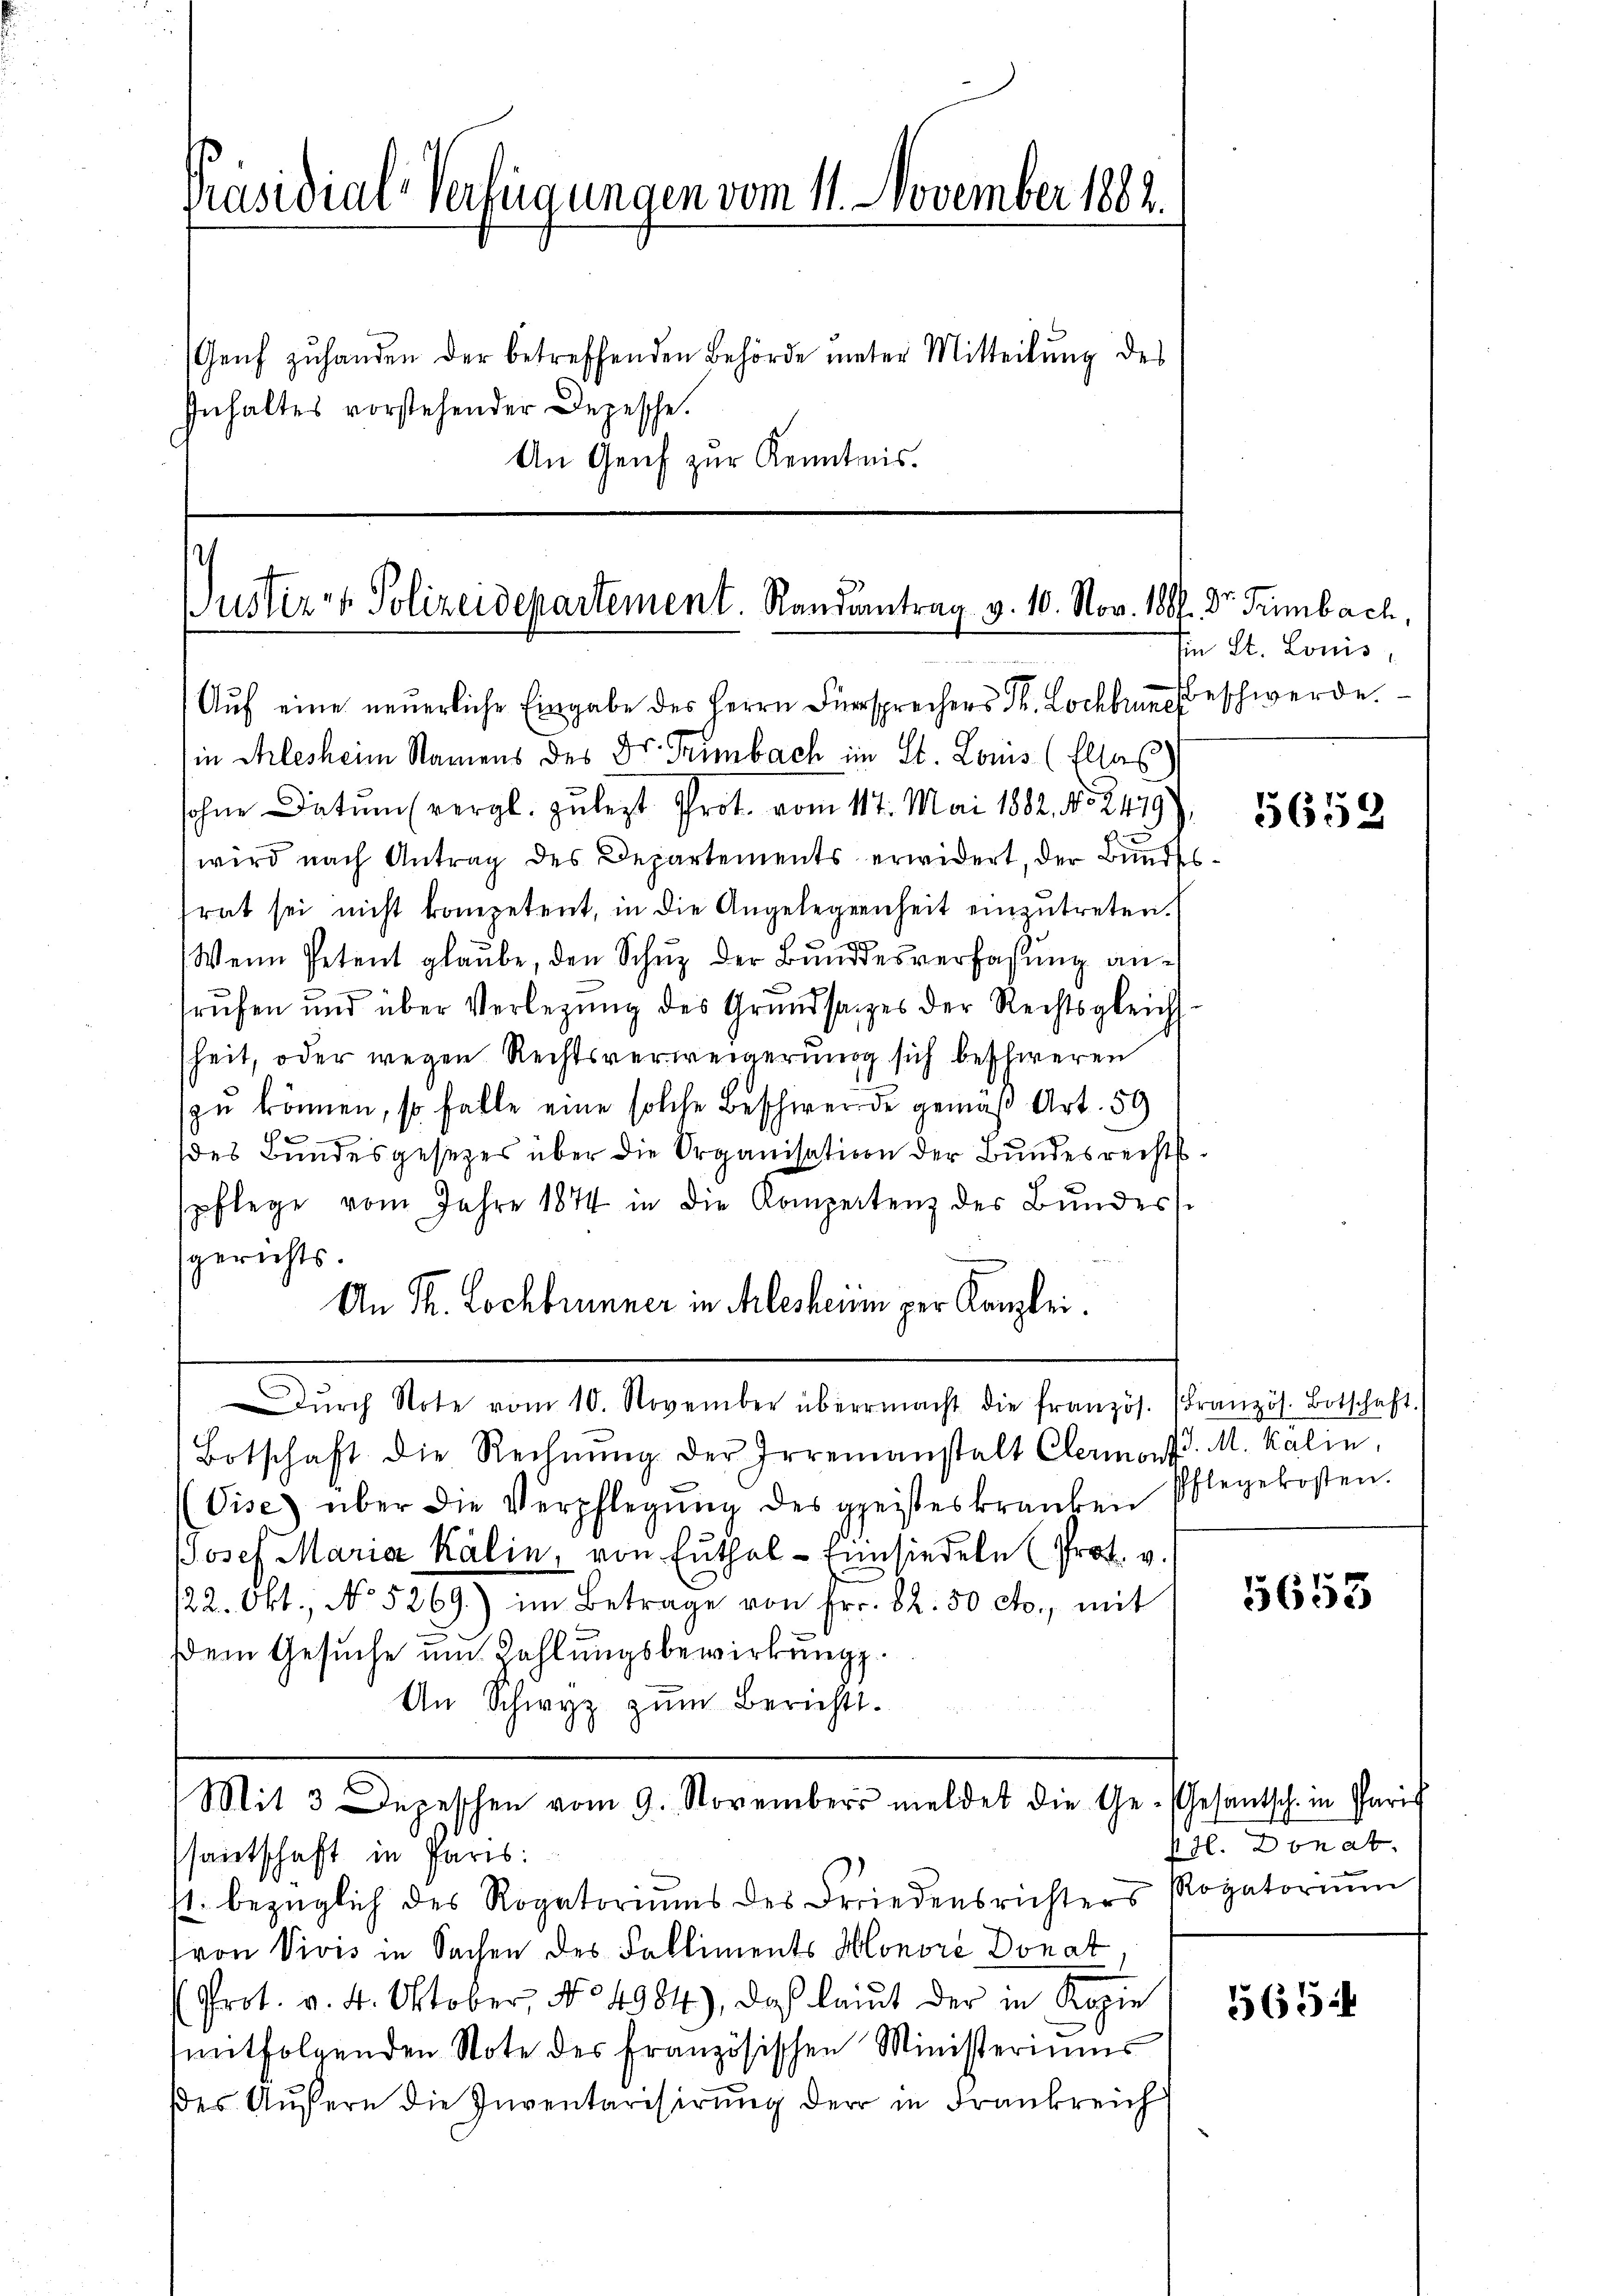
An Genf zur Kenntnis.

Präsidial-Verfügungen vom 11. November 1882.
Genf zuhanden der betreffenden Behörde unter Mitteilung des
Inhaltes vorstehender Depesche.

Justiz- & Polizeidepartement. Randantrag v. 10. Nov. 180f. Dr. Trimbach,
Auf eine neuerliche Eingabe des Herrn Fürsprechers St. Lochbuchbeschwerde.

in Arlesheim Namens des Dr. Trimbach im St. Louis (Elsas)
sohne Datum (vergl. zulezt Prot. vom 117. Mai 1882, 452479),
wird nach Antrag des Departements erwidert, der Bundes
frat sei nicht kompetent, in die Angelegenheit einzutreten.
Wenn Petent glaube, den Schuz der Bundesverfassung antrufen und über Verlegung des Grundsatzes der Rechtsgleich
sheit, oder wegen Rechtsverweigerung sich beschweren
(zu können, so falle eine solche Beschwerde gemäß Art. 59
e
des Bundesgesetzes über die Organisation der Bundesrechts
spflege vom Jahre 1874 in die Kompetenz des Bundess
gerichts.
An P. Lochbrunner in Alesheim per Kanzlei.
dŭrch Note vom 10. November übermacht die französ. (Französ. Botschaft.
Botschaft die Rechnŭng der Irrenanstalt Clermont. M. Kalin
(Vise über die Verpflegŭng des geisteskranken
Josef Maria Kälin, von Enthal - Einsiedeln (Prot. v.
/22. Okt., No 5269) im Betrage von Fr. 82. 50 cto., mit
dem Gesuche um Zahlungsbewirkung.
An Schwyz zum Berichts.
(Mit 3 Depeschen vom 9. Novembers meldet die Ge- Gesantsch. in Paris
santschaft in Paris:
st. bezüglich des Rogatoriums des Friedensrichters Rogatorium
von Vivis in Sachen des Falliments Honore Donat
Prot. v. 4. Oktober, No 4984), doch laut der in Kopie
samtfolgenden Note der Französischen Ministeriums
es Aŭsern die Inventarisierŭng der in Frankreich

Ein St. Louis

6

5658

Pflegekosten.

5653

Phl. Donat.

565